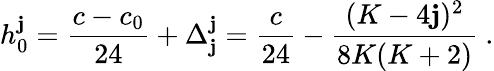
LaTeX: h_{0}^{\mathbf{j}}={\frac{{c-c_{0}}}{{24}}}+\Delta_{\mathbf{j}}^{\mathbf{j}}={\frac{{c}}{{24}}}-{\frac{{(K-4\mathbf{j})^{2}}}{{8K(K+2)}}}{}~.